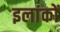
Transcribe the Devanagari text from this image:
इलांकों